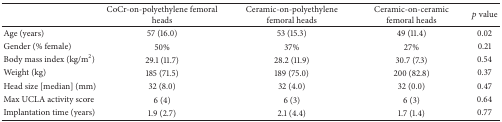
<table><thead><tr><td><b> </b></td><td><b>CoCr-on-polyethylene femoral heads</b></td><td><b>Ceramic-on-polyethylenefemoral heads</b></td><td><b>Ceramic-on-ceramicfemoral heads</b></td><td><b><i>p</i> value</b></td></tr></thead><tbody><tr><td>Age (years)</td><td>57 (16.0)</td><td>53 (15.3)</td><td>49 (11.4)</td><td>0.02</td></tr><tr><td>Gender (% female)</td><td>50%</td><td>37%</td><td>27%</td><td>0.21</td></tr><tr><td>Body mass index (kg/m<sup>2</sup>)</td><td>29.1 (11.7)</td><td>28.2 (11.9)</td><td>30.7 (7.3)</td><td>0.54</td></tr><tr><td>Weight (kg)</td><td>185 (71.5)</td><td>189 (75.0)</td><td>200 (82.8)</td><td>0.37</td></tr><tr><td>Head size [median](mm)</td><td>32 (8.0)</td><td>32 (4.0)</td><td>32 (0.0)</td><td>0.47</td></tr><tr><td>Max UCLA activity score</td><td>6 (4)</td><td>6 (3)</td><td>6 (3)</td><td>0.64</td></tr><tr><td>Implantation time (years)</td><td>1.9 (2.7)</td><td>2.1 (4.4)</td><td>1.7 (1.4)</td><td>0.77</td></tr></tbody></table>